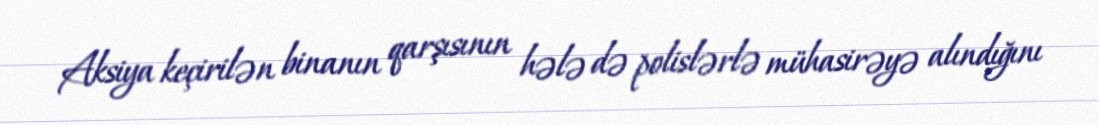
Aksiya keçirilən binanın qarşısının hələ də polislərlə mühasirəyə alındığını